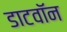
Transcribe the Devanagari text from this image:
डाटवॉन